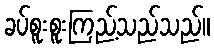
ခပ်စူးစူးကြည့်သည်သည်။